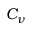
C _ { \nu }